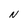
Character: N